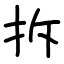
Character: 拆